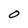
Character: O